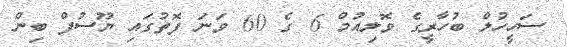
ސަހީހުލް ބުހާރީގެ ވޮލިއުމް 6 ގެ 60 ވަނަ ފޮތުގައި ޔޫސުފް ބިން